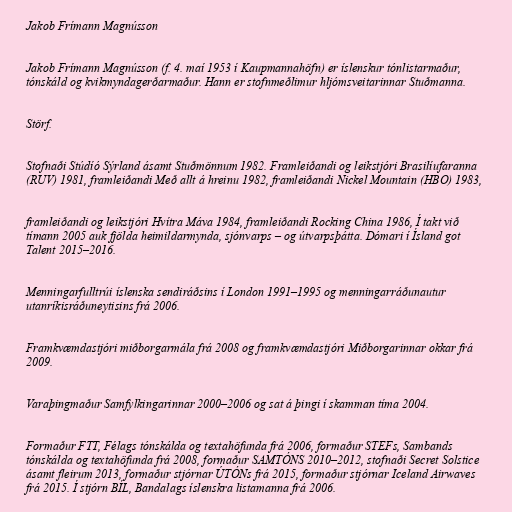
Jakob Frímann Magnússon

Jakob Frímann Magnússon (f. 4. maí 1953 í Kaupmannahöfn) er íslenskur tónlistarmaður,
tónskáld og kvikmyndagerðarmaður. Hann er stofnmeðlimur hljómsveitarinnar Stuðmanna.

Störf.

Stofnaði Stúdíó Sýrland ásamt Stuðmönnum 1982. Framleiðandi og leikstjóri Brasilíufaranna
(RUV) 1981, framleiðandi Með allt á hreinu 1982, framleiðandi Nickel Mountain (HBO) 1983,

framleiðandi og leikstjóri Hvítra Máva 1984, framleiðandi Rocking China 1986, Í takt við
tímann 2005 auk fjölda heimildarmynda, sjónvarps – og útvarpsþátta. Dómari í Ísland got
Talent 2015–2016.

Menningarfulltrúi íslenska sendiráðsins í London 1991–1995 og menningarráðunautur
utanríkisráðuneytisins frá 2006.

Framkvæmdastjóri miðborgarmála frá 2008 og framkvæmdastjóri Miðborgarinnar okkar frá
2009.

Varaþingmaður Samfylkingarinnar 2000–2006 og sat á þingi í skamman tíma 2004.

Formaður FTT, Félags tónskálda og textahöfunda frá 2006, formaður STEFs, Sambands
tónskálda og textahöfunda frá 2008, formaður SAMTÓNS 2010–2012, stofnaði Secret Solstice
ásamt fleirum 2013, formaður stjórnar ÚTÓNs frá 2015, formaður stjórnar Iceland Airwaves
frá 2015. Í stjórn BÍL, Bandalags íslenskra listamanna frá 2006.